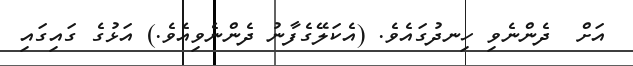
އަށް  ދެންނެވި ހިނދުގައެވެ. (އެކަލޭގެފާނު ދެންނެވިއެވެ.) އަޅުގެ ގައިގައި